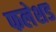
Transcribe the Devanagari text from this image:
फलेशड